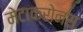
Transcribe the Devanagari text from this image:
मेटाक्रोनस